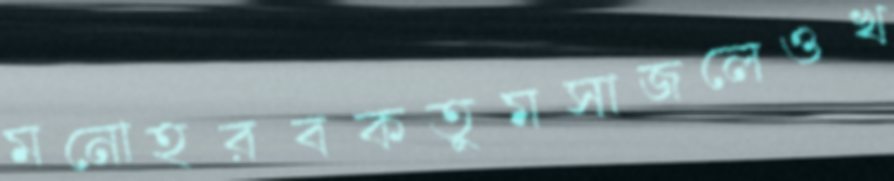
মনোহরবকতুমসাজলেওখ